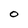
Character: o